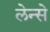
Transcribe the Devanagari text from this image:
लेन्से